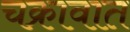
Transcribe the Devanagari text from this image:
चक्रावात